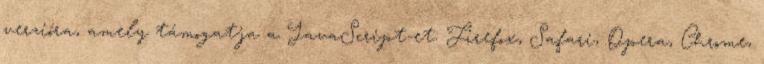
verzióra, amely támogatja a JavaScript-et: Firefox, Safari, Opera, Chrome,